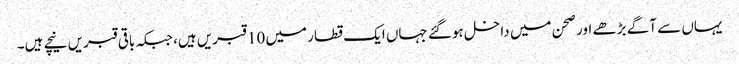
یہاں سے آگے بڑھے اور صحن میں داخل ہوگئے جہاں ایک قطار میں 10 قبریں ہیں، جبکہ باقی قبریں نیچے ہیں۔